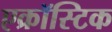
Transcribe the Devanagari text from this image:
एक्रॉस्टिक